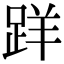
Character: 𨀘